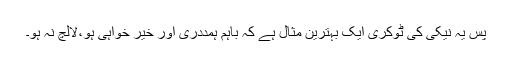
پس یہ نیکی کی ٹوکری ایک بہترین مثال ہے کہ باہم ہمددری اور خیر خواہی ہو،لالچ نہ ہو۔